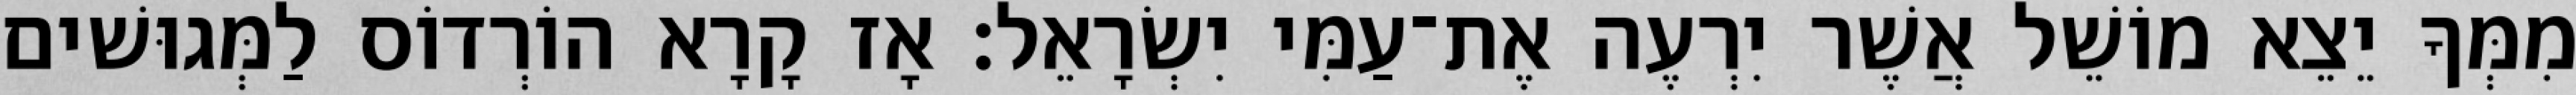
מִמְּךָ יֵצֵא מוֹשֵׁל אֲשֶׁר יִרְעֶה אֶת־עַמִּי יִשְׂרָאֵל׃ אָז קָרָא הוֹרְדוֹס לַמְּגוּשׁים